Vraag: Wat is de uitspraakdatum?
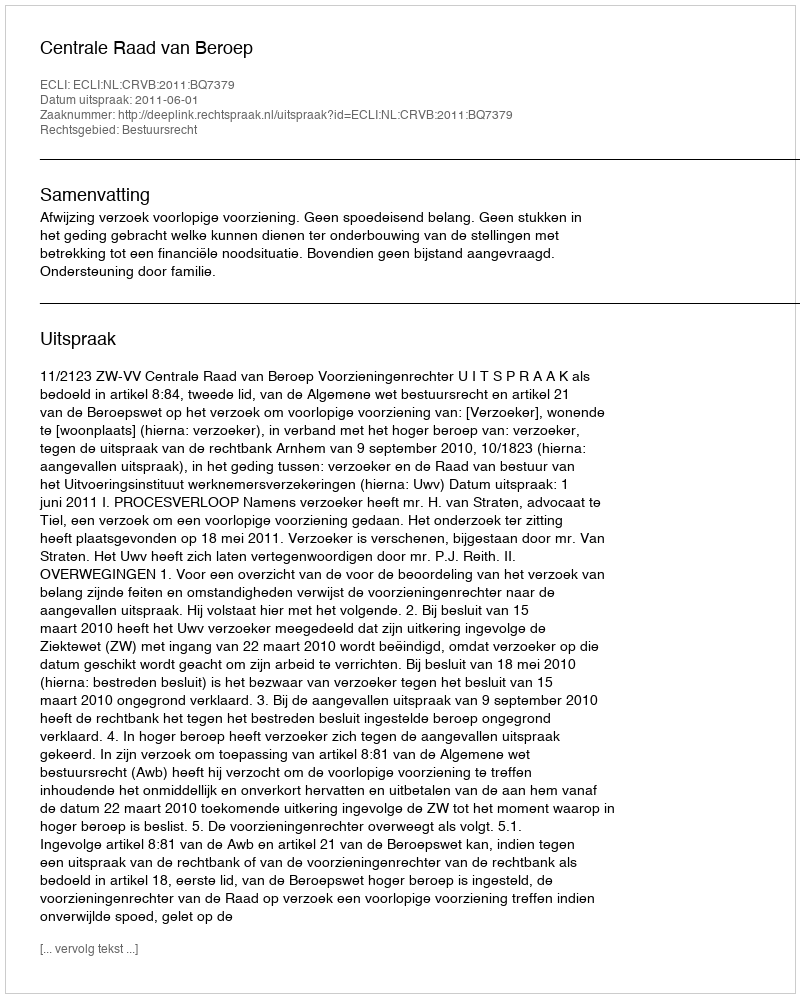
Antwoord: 2011-06-01